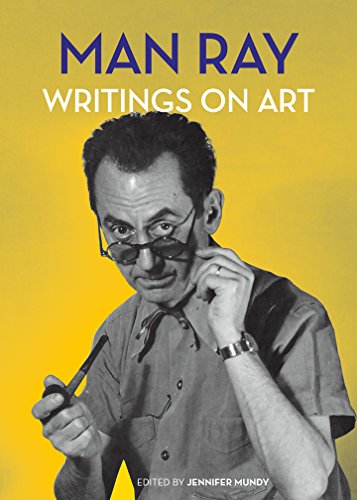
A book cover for Man Ray: Writings on Art; Arts & Photography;